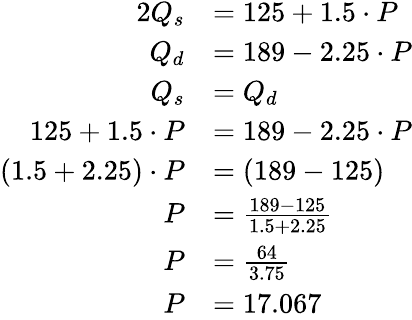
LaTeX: {\begin{array}{rl}{{2}Q_{s}}&{=125+1.5\cdot P}\\ {Q_{d}}&{=189-2.25\cdot P}\\ {Q_{s}}&{=Q_{d}}\\ {125+1.5\cdot P}&{=189-2.25\cdot P}\\ {(1.5+2.25)\cdot P}&{=(189-125)}\\ {P}&{={\frac{189-125}{1.5+2.25}}}\\ {P}&{={\frac{64}{3.75}}}\\ {P}&{=17.067}\end{array}}